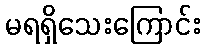
မရရှိသေးကြောင်း